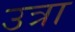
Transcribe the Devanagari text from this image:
उत्रा